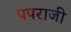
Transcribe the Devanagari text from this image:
पपराजी